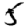
Digit: 5